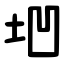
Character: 垇